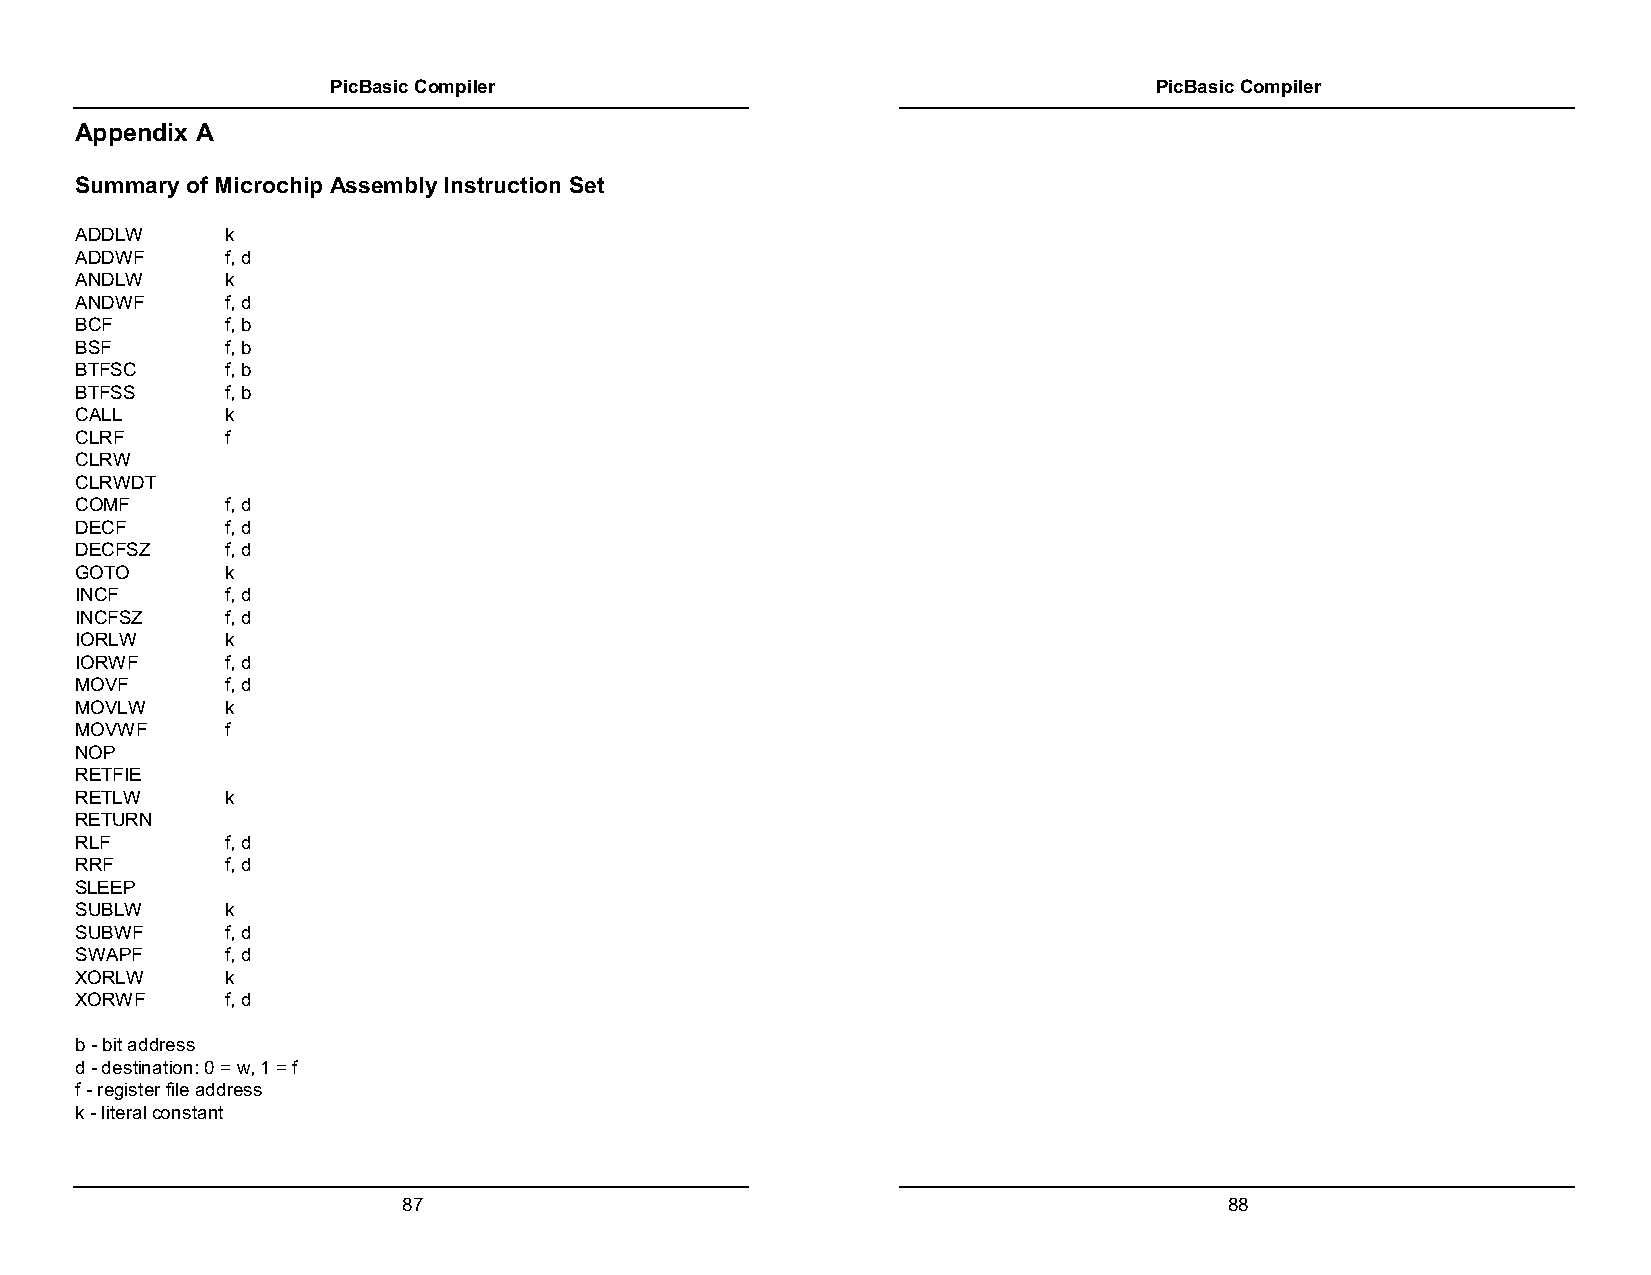
PicBasic Compiler                                     PicBasic Compiler
 Appendix A
 Summary of Microchip Assembly Instruction Set
 ADDLW     k
 ADDWF     f, d
 ANDLW     k
 ANDWF     f, d
 BCF       f, b
 BSF       f, b
 BTFSC     f, b
 BTFSS     f, b
 CALL      k
 CLRF      f
 CLRW
 CLRWDT
 COMF      f, d
 DECF      f, d
 DECFSZ    f, d
 GOTO      k
 INCF      f, d
 INCFSZ    f, d
 IORLW     k
 IORWF     f, d
 MOVF      f, d
 MOVLW     k
 MOVWF     f
 NOP
 RETFIE
 RETLW     k
 RETURN
 RLF       f, d
 RRF       f, d
 SLEEP
 SUBLW     k
 SUBWF     f, d
 SWAPF     f, d
 XORLW     k
 XORWF     f, d
 b - bit address
 d - destination: 0 = w, 1 = f
 f - register file address
 k - literal constant
 87                                                    88